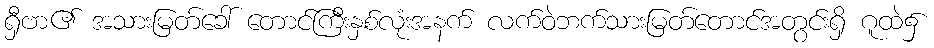
ရှီဗာ၏ အသားမြတ်ခေါ် တောင်ကြီးနှစ်လုံးအနက် လက်ဝဲဘက်သားမြတ်တောင်အတွင်းရှိ ဂူထဲ၌